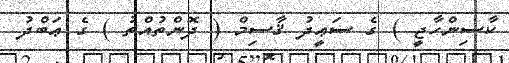
ކާސިންހާޖީ ) ގެ ސަޢީދު ޤާސިމް ( ދޮންތުއްތު ) ގެ ޢަބްދު